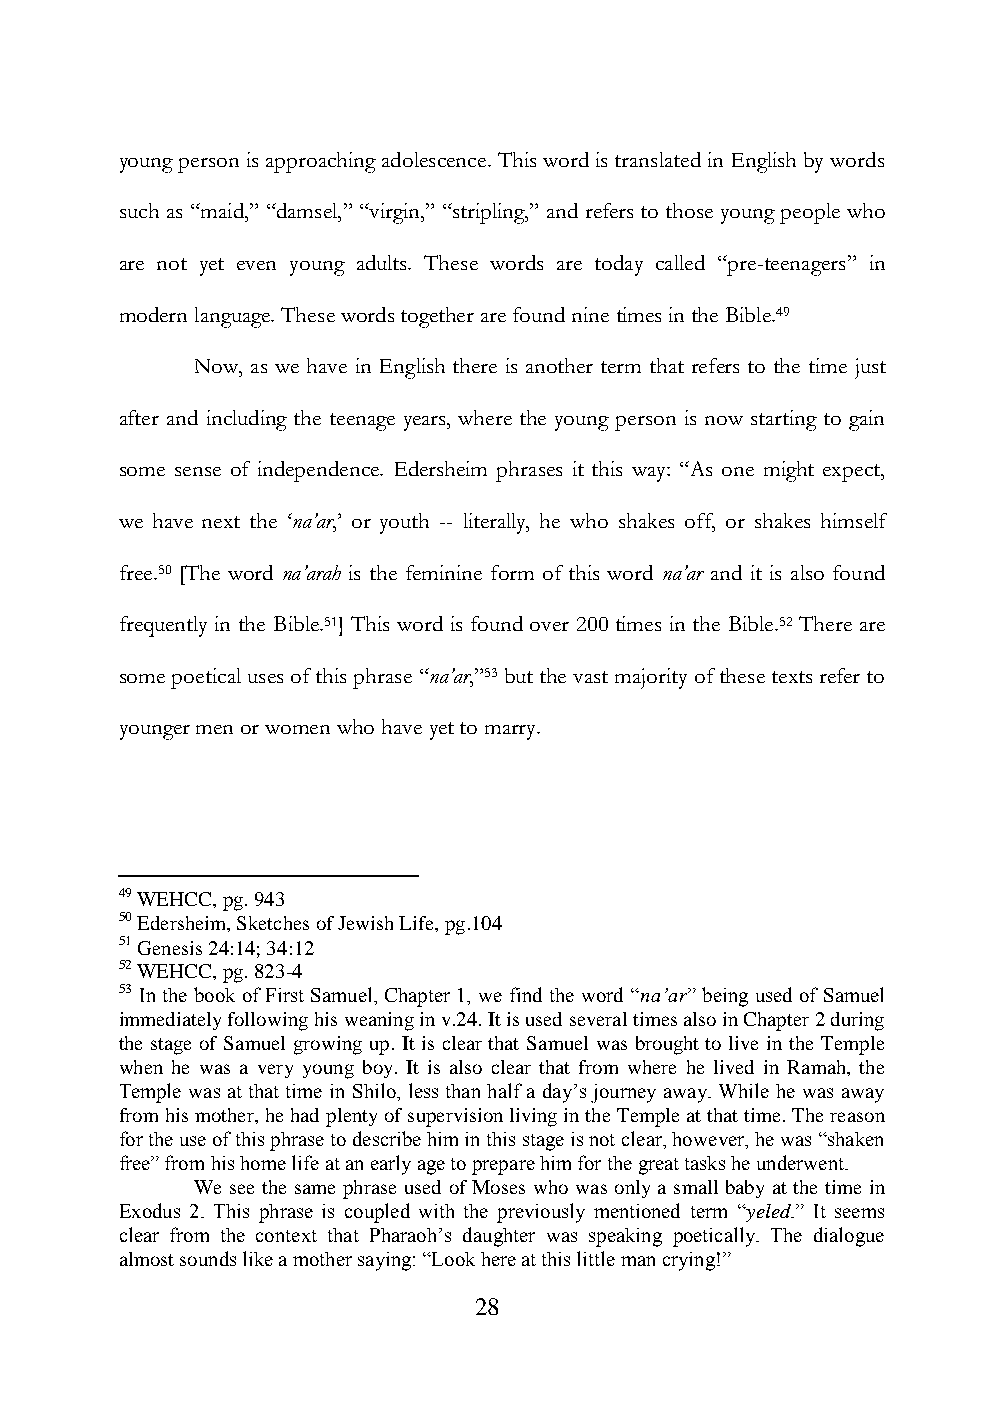
young person is approaching adolescence. This word is translated in English by words
 such as “maid,” “damsel,” “virgin,” “stripling,” and refers to those young people who
 are not yet even young adults. These words are today called “pre-teenagers” in
 modern language. These words together are found nine times in the Bible.49
 Now, as we have in English there is another term that refers to the time just
 after and including the teenage years, where the young person is now starting to gain
 some sense of independence. Edersheim phrases it this way: “As one might expect,
 we have next the „na’ar,‟ or youth -- literally, he who shakes off, or shakes himself
 free.50 [The word na’arah is the feminine form of this word na’ar and it is also found
 frequently in the Bible.51] This word is found over 200 times in the Bible.52 There are
 some poetical uses of this phrase “na’ar,”53 but the vast majority of these texts refer to
 younger men or women who have yet to marry.
 49 WEHCC, pg. 943
 50 Edersheim, Sketches of Jewish Life, pg.104
 51 Genesis 24:14; 34:12
 52 WEHCC, pg. 823-4
 53 In the book of First Samuel, Chapter 1, we find the word “na’ar” being used of Samuel
 immediately following his weaning in v.24. It is used several times also in Chapter 2 during
 the stage of Samuel growing up. It is clear that Samuel was brought to live in the Temple
 when he was a very young boy. It is also clear that from where he lived in Ramah, the
 Temple was at that time in Shilo, less than half a day‟s journey away. While he was away
 from his mother, he had plenty of supervision living in the Temple at that time. The reason
 for the use of this phrase to describe him in this stage is not clear, however, he was “shaken
 free” from his home life at an early age to prepare him for the great tasks he underwent.
 We see the same phrase used of Moses who was only a small baby at the time in
 Exodus 2. This phrase is coupled with the previously mentioned term “yeled.” It seems
 clear from the context that Pharaoh‟s daughter was speaking poetically. The dialogue
 almost sounds like a mother saying: “Look here at this little man crying!”
 28